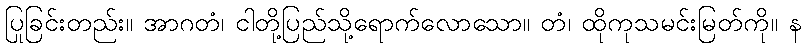
ပြုခြင်းတည်း။ အာဂတံ၊ ငါတို့ပြည်သို့ရောက်လောသော။ တံ၊ ထိုကုသမင်းမြတ်ကို။ န